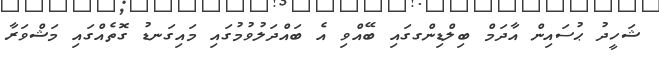
ޝަހީދު ޙުސައިން އާދަމް ބިލްޑިންގގައި ބޭއްވި އެ ބައްދަލުވުމުގައި މައިގަނޑު ގޮތެއްގައި މަޝްވަރާ